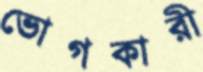
ভোগকারী